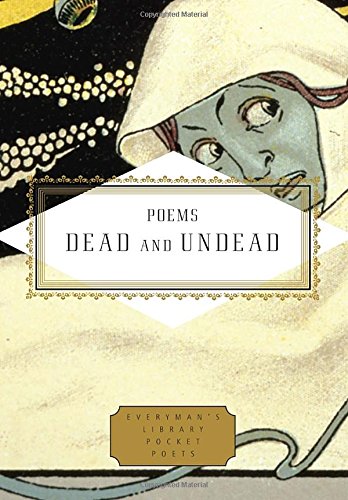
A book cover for Poems Dead and Undead (Everyman's Library Pocket Poets); Literature & Fiction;